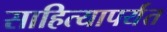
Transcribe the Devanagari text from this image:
साहित्यापर्यंत